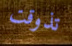
تذوقت